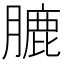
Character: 膔